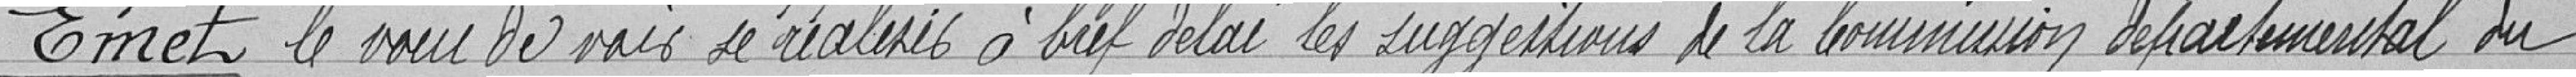
Emet le vœu de voir se réaliser à bref délai les suggestions de la Commission départemental du